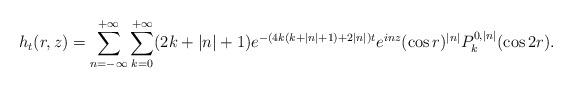
LaTeX: \begin{align*}h_t(r,z)=\sum_{n={-\infty}}^{+\infty} \sum_{k=0}^{+\infty} (2k+|n|+1) e^{-(4k(k+|n|+1)+2|n|)t} e^{inz} (\cos r)^{|n|} P_k^{0,|n|}(\cos 2r).\end{align*}